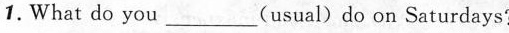
1. What do you___(usual) do on Saturdays?